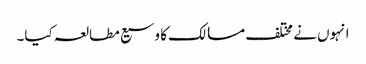
انہوں نے مختلف مسالک کا وسیع مطالعہ کیا۔